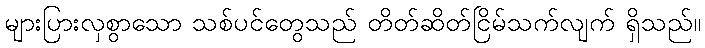
များပြားလှစွာသော သစ်ပင်တွေသည် တိတ်ဆိတ်ငြိမ်သက်လျက် ရှိသည်။